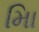
માિ